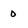
Character: 0